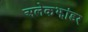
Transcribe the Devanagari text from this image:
अलेकझांडर